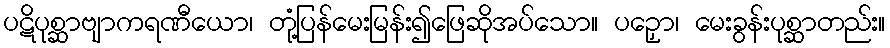
ပဋိပုစ္ဆာဗျာကရဏီယော၊ တုံ့ပြန်မေးမြန်း၍ဖြေဆိုအပ်သော။ ပဉှော၊ မေးခွန်းပုစ္ဆာတည်း။